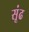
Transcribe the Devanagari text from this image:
सूंढ